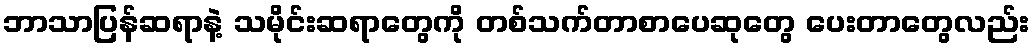
ဘာသာပြန်ဆရာနဲ့ သမိုင်းဆရာတွေကို တစ်သက်တာစာပေဆုတွေ ပေးတာတွေလည်း